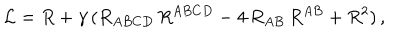
{ \cal L } = R + \gamma \, ( R _ { A B C D } \, R ^ { A B C D } - 4 \, R _ { A B } \, R ^ { A B } + R ^ { 2 } ) \, ,